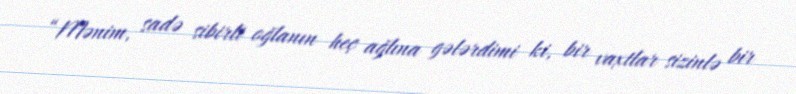
“Mənim, sadə sibirli oğlanın heç ağlına gələrdimi ki, bir vaxtlar sizinlə bir